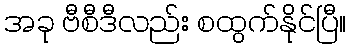
အခု ဗီစီဒီလည်း စထွက်နိုင်ပြီ။